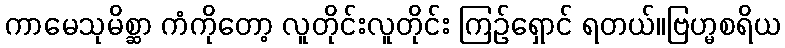
ကာမေသုမိစ္ဆာ ကံကိုတော့ လူတိုင်းလူတိုင်း ကြဉ်ရှောင် ရတယ်။ဗြဟ္မစရိယ